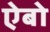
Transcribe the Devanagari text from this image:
ऐबो